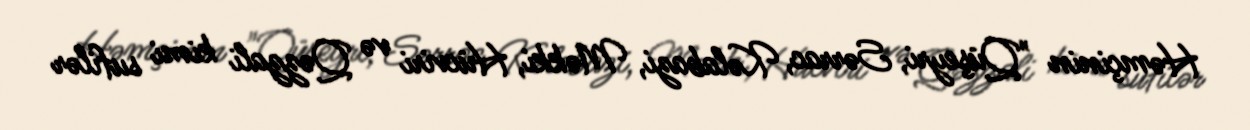
Həmçinin "Qüşeyri, Sərrac, Kəlabazi, Məkki, Hücviri və Qəzzali kimi sufilər